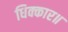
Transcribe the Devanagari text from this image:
धिक्कार॥